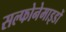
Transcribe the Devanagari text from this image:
सल्फोनेमाइडों